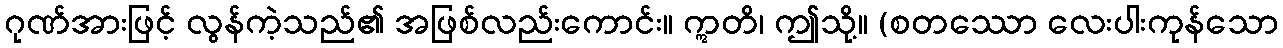
ဂုဏ်အားဖြင့် လွန်ကဲ့သည်၏ အဖြစ်လည်းကောင်း။ ဣတိ၊ ဤသို့။ (စတဿော လေးပါးကုန်သော